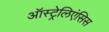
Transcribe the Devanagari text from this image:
ऑस्ट्रेलिएंसिस